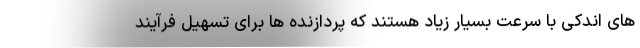
های اندکی با سرعت بسیار زیاد هستند که پردازنده ها برای تسهیل فرآیند